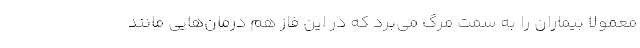
معمولا بیماران را به سمت مرگ می‌برد که در این فاز هم درمان‌هایی مانند